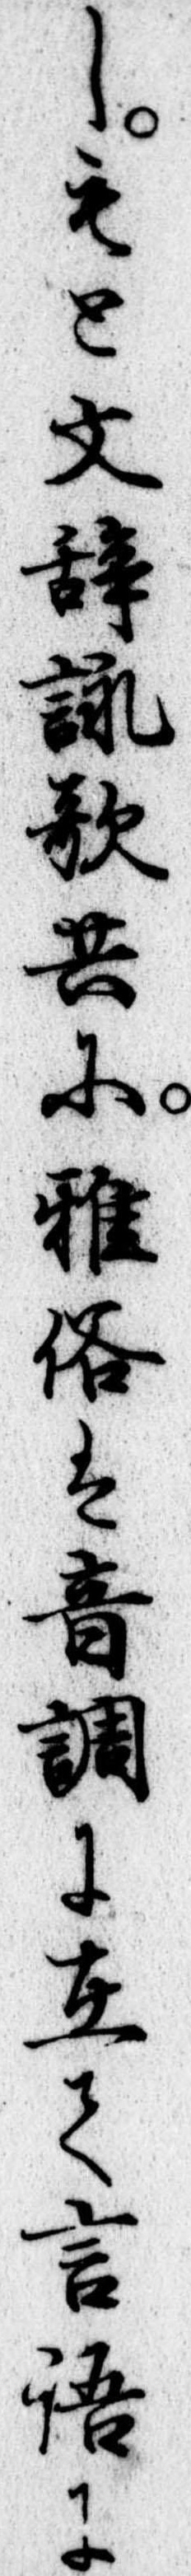
しもと文辞詠歌共に雅俗は音調に在て言語に